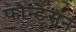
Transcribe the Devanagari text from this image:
फौन्डेसन